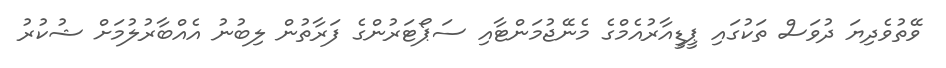
ވޭތުވެދިޔަ ދުވަސް ތަކުގައި ޕީޑީއާރުއެމްގެ މެނޭޖުމަންޓާއި ސަޕޯޓަރުންގެ ފަރާތުން ލިބުނު އެއްބާރުލުމަށް ޝުކުރު